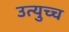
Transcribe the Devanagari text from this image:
उत्युच्च